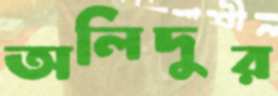
অলিদুর